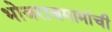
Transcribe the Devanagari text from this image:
भोजराजमामांची